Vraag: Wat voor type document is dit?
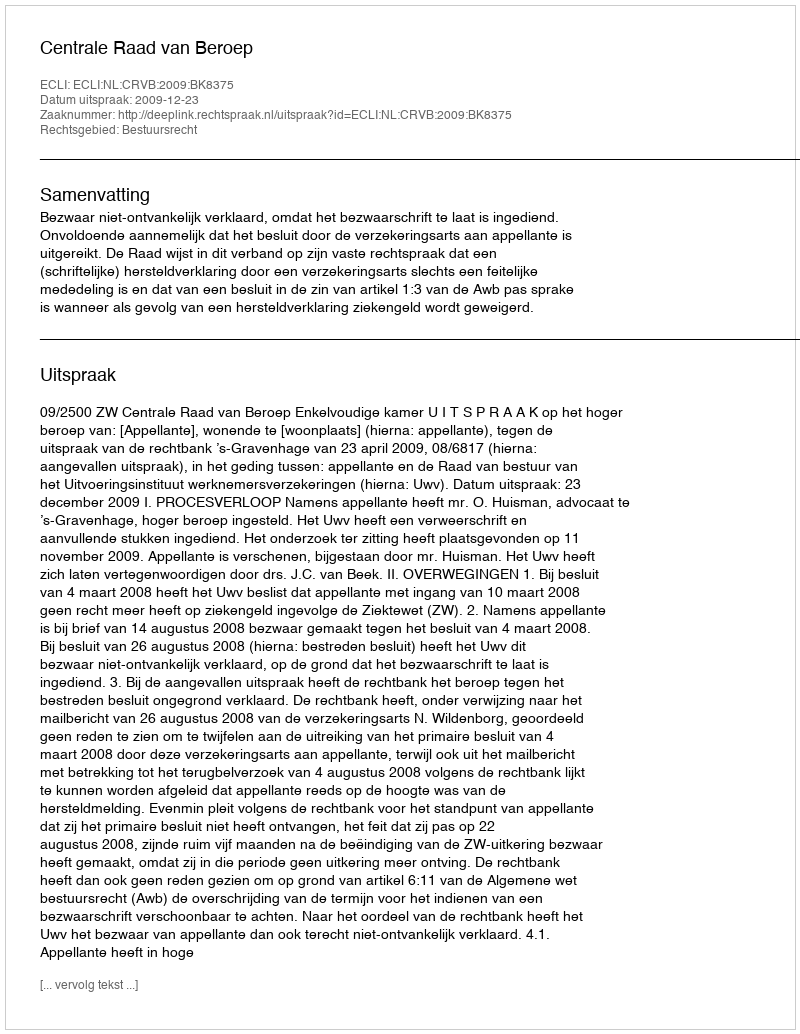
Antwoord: Uitspraak